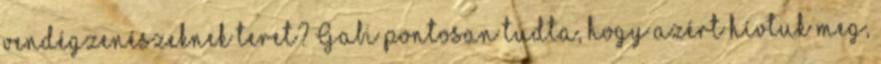
vendégzenészeknek teret? Gabi pontosan tudta, hogy azért hívtuk meg,